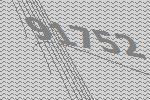
91752